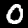
Label: 0